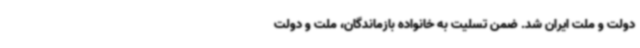
دولت و ملت ایران شد. ضمن تسلیت به خانواده بازماندگان، ملت و دولت